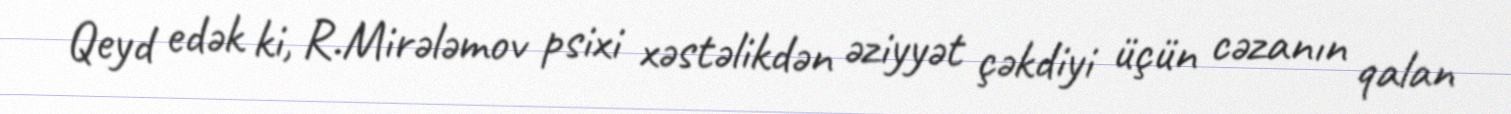
Qeyd edək ki, R.Mirələmov psixi xəstəlikdən əziyyət çəkdiyi üçün cəzanın qalan